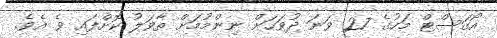
އޯގަސްޓް މަހުގެ 27 ވަނަ ދުވަހަށް ނިންމުމަށް ތާވަލު ކޮށްފައި ވެ އެވެ.